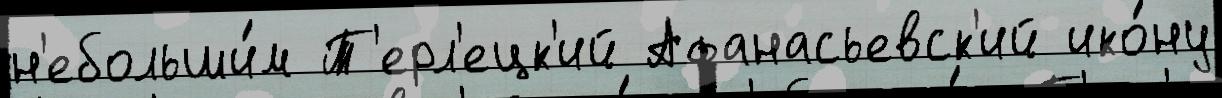
н'ебольши́м Т'ерл'ецк'ий Афанасьевск'ий ико́ну